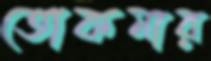
তোকমার